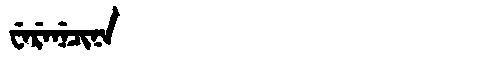
Manchu: ᠸᡝᡵᡝᠨᡝᠴᡳᠨᠠ
Romanization: WERENECINA